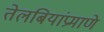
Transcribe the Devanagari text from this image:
तेलबियांप्रमाणे